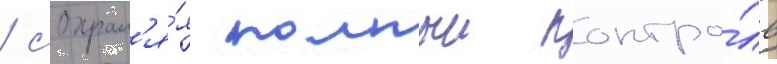
/ сохран'я́я полныи контро́ль